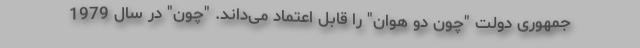
جمهوری دولت "چون دو هوان" را قابل اعتماد می‌داند. "چون" در سال 1979